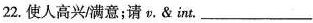
22.使人高兴/满意；请v.& int.___